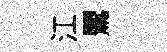
江鸎